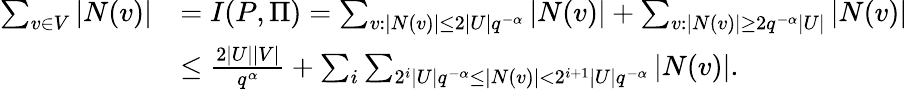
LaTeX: \begin{array}{rl}{\sum_{v\in V}|N(v)|}&{=I(P,\Pi)=\sum_{v\colon|N(v)|\le 2|U|q^{-\alpha}}|N(v)|+\sum_{v\colon|N(v)|\ge 2q^{-\alpha}|U|}|N(v)|}\\ &{\le\frac{2|U||V|}{q^{\alpha}}+\sum_{i}\sum_{2^{i}|U|q^{-\alpha}\le|N(v)|<2^{i+1}|U|q^{-\alpha}}|N(v)|.}\end{array}